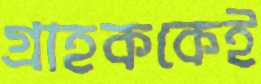
গ্রাহককেই